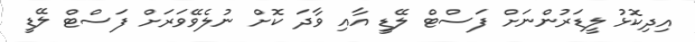
އިދިކޮޅު ލީޑަރުންނަށް ފަސްޓް ލޭޑީ އާއި ވާދަ ކޮށް ނުލެވޭވަރަށް ފަސްޓް ލޭޑީ